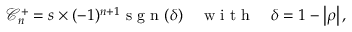
\mathcal { C } _ { n } ^ { + } = s \times ( - 1 ) ^ { n + 1 } \mathrm { ~ s ~ g ~ n ~ } ( \delta ) \quad \mathrm { ~ w ~ i ~ t ~ h ~ } \quad \delta = 1 - \left| \rho \right| ,